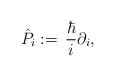
LaTeX: \begin{align*}\hat P_i := \,{\hbar\over i}\partial_i,\end{align*}